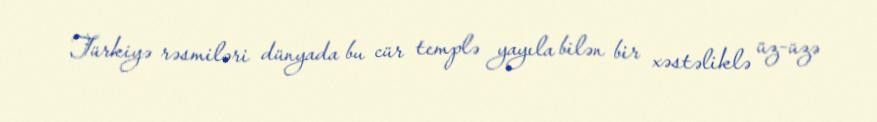
Türkiyə rəsmiləri dünyada bu cür templə yayıla bilən bir xəstəliklə üz-üzə